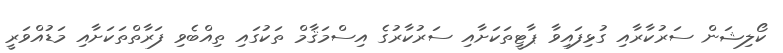
ކޯލިޝަން ސަރުކާރާއި ގުޅިފައިވާ ޕާޓީތަކަށާއި ސަރުކާރުގެ އިސްމަޤާމް ތަކުގައި ތިއްބެވި ފަރާތްތަކަށާއި މަޑުއްވަރީ